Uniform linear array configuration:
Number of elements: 4
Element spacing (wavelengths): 0.25
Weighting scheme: hann
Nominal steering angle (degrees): -60
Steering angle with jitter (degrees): -61.706
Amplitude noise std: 0.05
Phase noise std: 0.05

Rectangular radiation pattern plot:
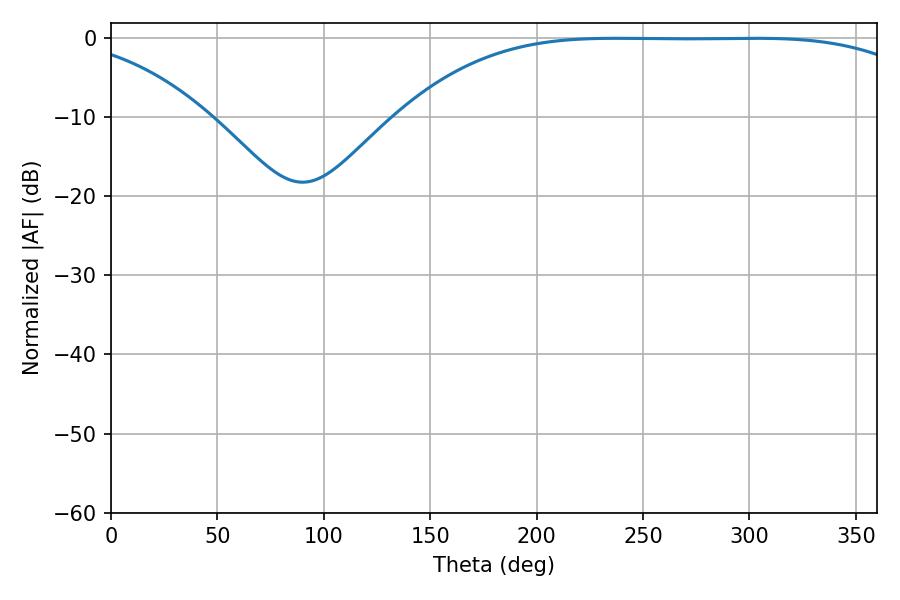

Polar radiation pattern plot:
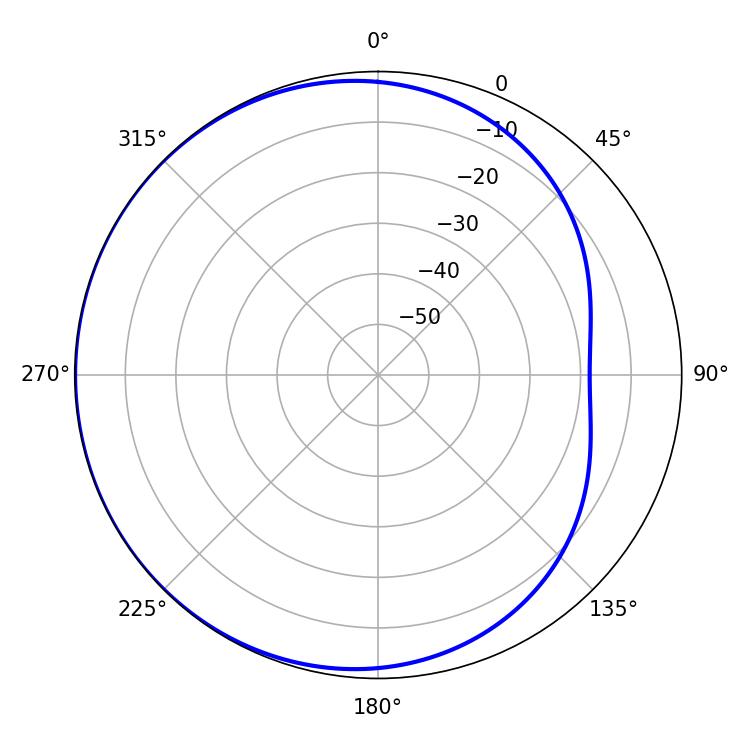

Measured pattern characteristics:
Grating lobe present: FALSE
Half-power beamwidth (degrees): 189
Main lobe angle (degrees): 237.42